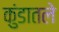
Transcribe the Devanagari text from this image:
कुंडातले